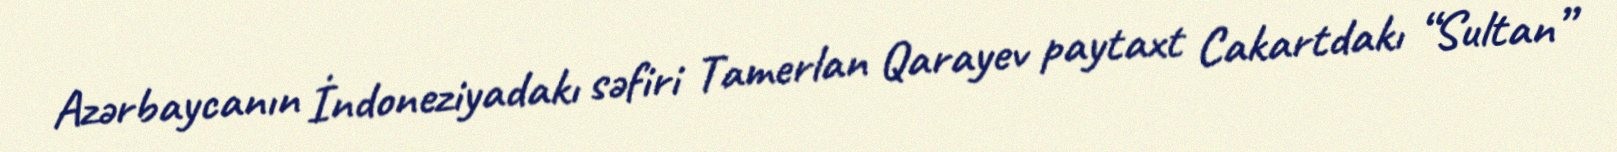
Azərbaycanın İndoneziyadakı səfiri Tamerlan Qarayev paytaxt Cakartdakı “Sultan”